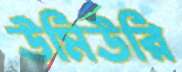
উমিউরি